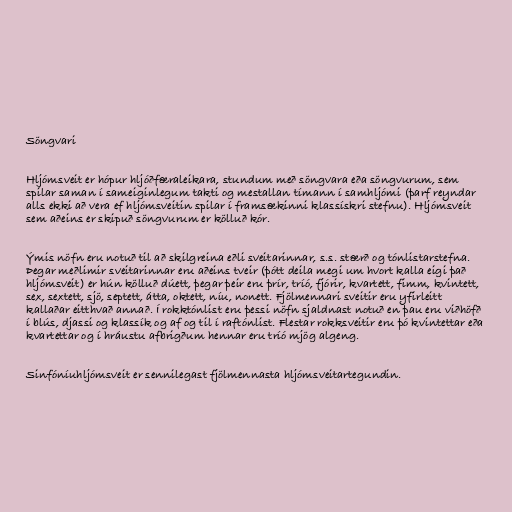
Söngvari

Hljómsveit er hópur hljóðfæraleikara, stundum með söngvara eða söngvurum, sem
spilar saman í sameiginlegum takti og mestallan tímann í samhljómi (þarf reyndar
alls ekki að vera ef hljómsveitin spilar í framsækinni klassískri stefnu). Hljómsveit
sem aðeins er skipuð söngvurum er kölluð kór.

Ýmis nöfn eru notuð til að skilgreina eðli sveitarinnar, s.s. stærð og tónlistarstefna.
Þegar meðlimir sveitarinnar eru aðeins tveir (þótt deila megi um hvort kalla eigi það
hljómsveit) er hún kölluð dúett, þegar þeir eru þrír, tríó, fjórir, kvartett, fimm, kvintett,
sex, sextett, sjö, septett, átta, oktett, níu, nonett. Fjölmennari sveitir eru yfirleitt
kallaðar eitthvað annað. Í rokktónlist eru þessi nöfn sjaldnast notuð en þau eru viðhöfð
í blús, djassi og klassík og af og til í raftónlist. Flestar rokksveitir eru þó kvintettar eða
kvartettar og í hráustu afbrigðum hennar eru tríó mjög algeng.

Sinfóníuhljómsveit er sennilegast fjölmennasta hljómsveitartegundin.